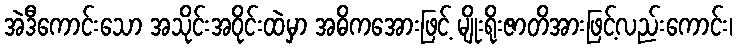
အဲဒီကောင်းသော အသိုင်းအဝိုင်းထဲမှာ အဓိကအေားဖြင့် မျိုးရိုးဇာတိအားဖြင့်လည်းကောင်း၊